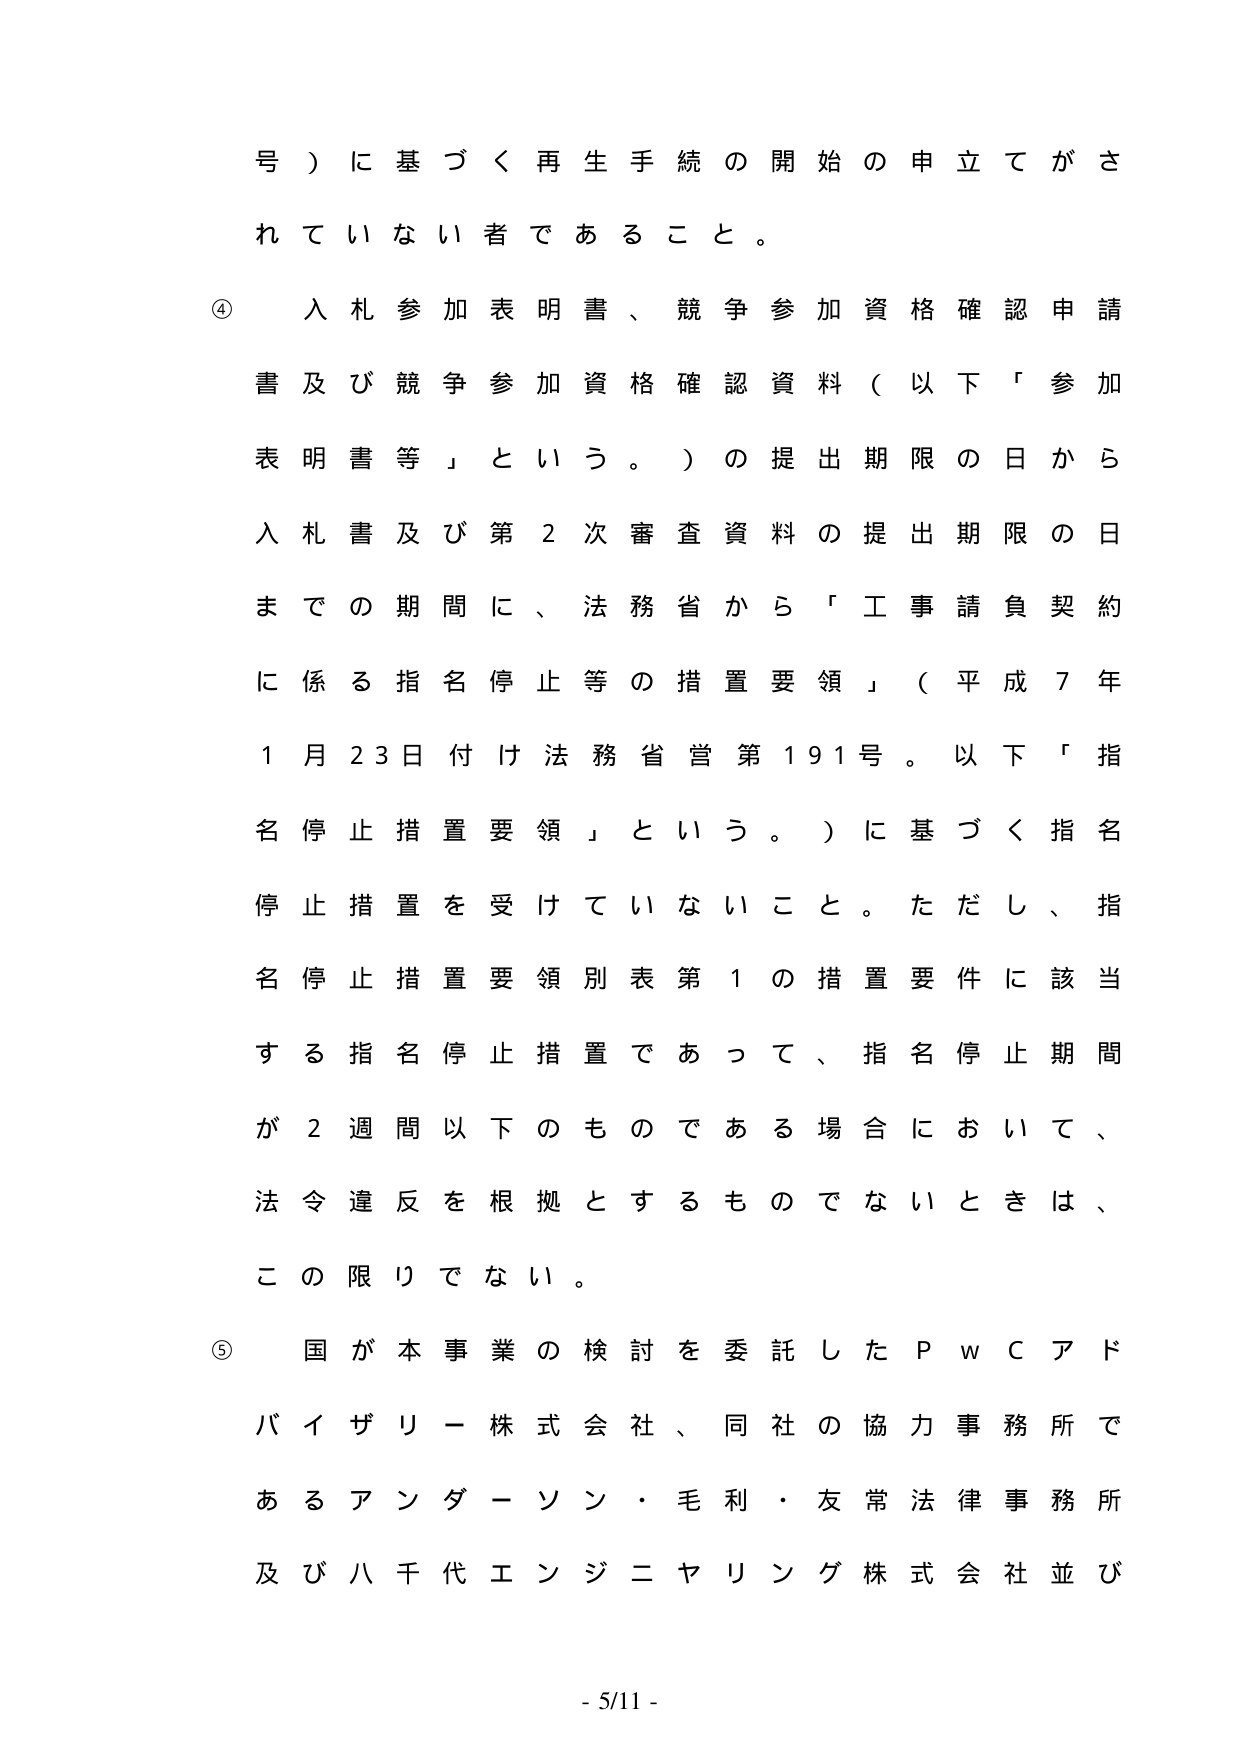
号）に基づく再生手続の開始の申立てがされていない者であること。

④ 入札参加表明書、競争参加資格確認申請書及び競争参加資格確認資料（以下「参加表明書等」という。）の提出期限の日から入札書及び第2次審査資料の提出期限の日までの期間に、法務省から「工事請負契約に係る指名停止等の措置要領」（平成7年1月23日付け法務省営第191号。以下「指名停止措置要領」という。）に基づく指名停止措置を受けていないこと。ただし、指名停止措置要領別表第1の措置要件に該当する指名停止措置であって、指名停止期間が2週間以下のものである場合において、法令違反を根拠とするものでないときは、この限りでない。

⑤ 国が本事業の検討を委託したＰｗＣアドバイザリー株式会社、同社の協力事務所であるアンダーソン・毛利・友常法律事務所及び八千代エンジニヤリング株式会社並び

- 5/11 -